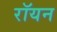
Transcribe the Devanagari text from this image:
रॉयन